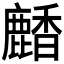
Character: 𪋒